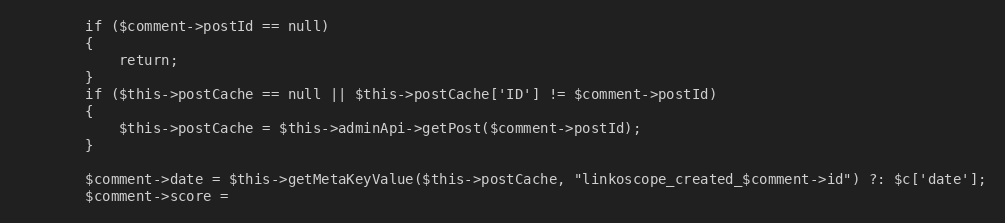
Language: PHP
        if ($comment->postId == null)
        {
            return;
        }
        if ($this->postCache == null || $this->postCache['ID'] != $comment->postId)
        {
            $this->postCache = $this->adminApi->getPost($comment->postId);
        }

        $comment->date = $this->getMetaKeyValue($this->postCache, "linkoscope_created_$comment->id") ?: $c['date'];
        $comment->score =